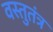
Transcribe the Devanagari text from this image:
वस्तुतंत्र